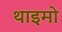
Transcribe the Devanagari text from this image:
थाइमो